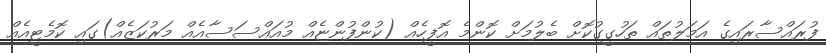
ފުރައްސާރައިގެ އަމަލުތައް ތަހުގީގުކޮށް ބެލުމަށް ކޮންމެ އޮފީހެއް (ކުންފުންޏެއް މުއައްސަސާއެއް މަރުކަޒެއް)ގައި ކޮމެޓީއެއް